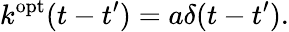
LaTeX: k^{\mathrm{opt}}(t-t^{\prime})=a\delta(t-t^{\prime}).